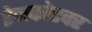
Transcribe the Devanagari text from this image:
रेनकोटवर